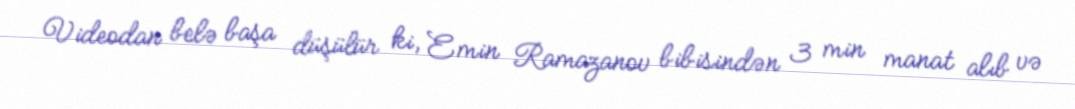
Videodan belə başa düşülür ki, Emin Ramazanov bibisindən 3 min manat alıb və